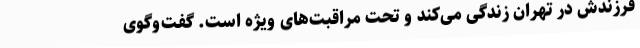
فرزندش در تهران زندگی می‌کند و تحت مراقبت‌های ویژه است. گفت‌وگوی